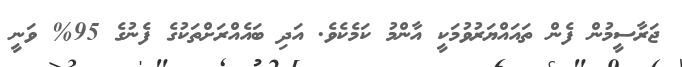
ޖަރާސީމުން ފެން ތައައްޔަރުވުމަކީ އާންމު ކަމެކެވެ. އަދި ބައެއްރަށްތަކުގެ ފެނުގެ 95% ވަނީ